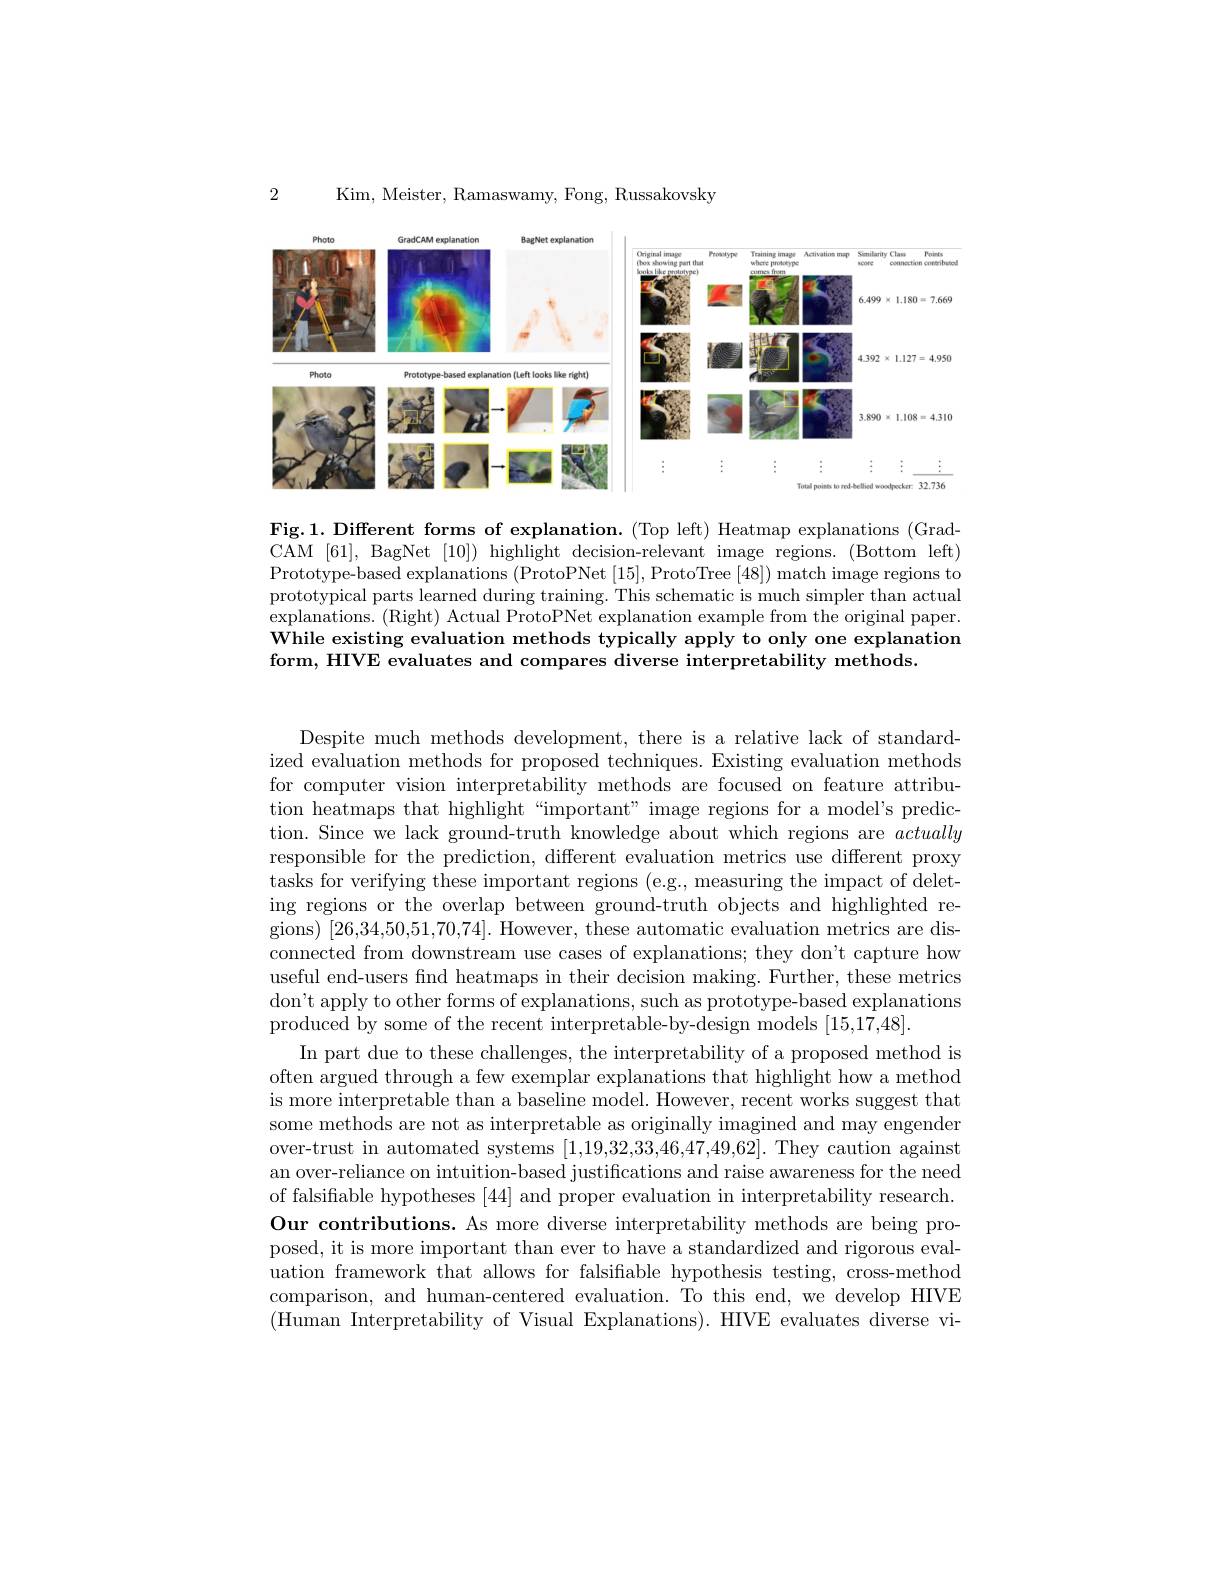
Kim, Meister, Ramaswamy, Fong, Russakovsky

2

<FigureHere>

Fig.1. Different forms of explanation. (Top left) Heatmap explanations (Grad-1. Different forms of explanation. (Top left) Heatmap explanations (Grad-1. Different forms of axplanation. (Top left) Heatmap explanations (Grad-1.1,Diferent forms of explanati CAM [61], BagNet [10]) highlight decision-relevant image regions.(Bottom left) Prototype-based explanations (ProtoPNet [15], ProtoTree [48]) match image regions to prototypical parts learned during training. This schematic is much simpler than actual explanations. (Right) Actual ProtoPNet explanation example from the original paper. While existing evaluation methods typically apply to only one explanation form, HIVE evaluates and compares diverse interpretability methods.

Despite much methods development, there is a relative lack of standardized evaluation methods for proposed techniques. Existing evaluation methods for computer vision interpretability methods are focused on feature attribution heatmaps that highlight“important” image regions for a model's prediction. Since we lack ground-truth knowledge about which regions are actually responsible for the prediction, different evaluation metrics use different proxy tasks for verifying these important regions (e.g., measuring the impact of deleting regions or the overlap between ground-truth objects and highlighted regions) [26,34,50,51,70,74]. However, these automatic evaluation metrics are disconnected from downstream use cases of explanations; they don't capture how useful end-users find heatmaps in their decision making. Further, these metrics don't apply to other forms of explanations, such as prototype-based explanations produced by some of the recent interpretable-by-design models [15,17,48].
In part due to these challenges, the interpretability of a proposed method is often argued through a few exemplar explanations that highlight how a method is more interpretable than a baseline model. However, recent works suggest that some methods are not as interpretable as originally imagined and may engender over-trust in automated systems [1,19,32,33,46,47,49,62]. They caution against an over-reliance on intuition-based justifications and raise awareness for the need of falsifiable hypotheses [44] and proper evaluation in interpretability research. Our contributions. As more diverse interpretability methods are being proposed, it is more important than ever to have a standardized and rigorous evaluation framework that allows for falsifiable hypothesis testing, cross-method comparison, and human-centered evaluation. To this end, we develop HIVE (Human Interpretability of Visual Explanations). HIVE evaluates diverse vi-